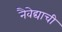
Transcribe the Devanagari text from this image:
नैवेद्याची